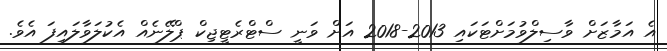
އެ އަމާޒަށް ވާސިލްވުމަށްޓަކައި 2013-2018 އަށް ވަނީ ސްޓްރެޓީޖިކް ޕްލޭނެއް އެކުލަވާލައިފަ އެވެ.